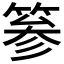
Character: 𥮾